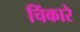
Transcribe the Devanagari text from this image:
चिंकारे